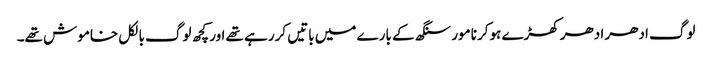
لوگ ادھر ادھر کھڑے ہوکر نامور سنگھ کے بارے میں باتیں کررہے تھے اور کچھ لوگ بالکل خاموش تھے۔